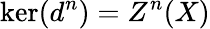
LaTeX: \ker(d^{n})=Z^{n}(X)